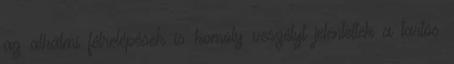
az alkalmi félrelépések is komoly veszélyt jelentettek a tartós